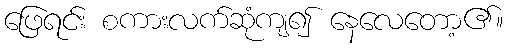
ဖြေရင်း စကားလက်ဆုံကျ၍ နေလေတော့၏။